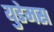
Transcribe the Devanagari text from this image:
युडेमस